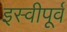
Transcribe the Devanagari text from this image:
इस्वीपूर्व